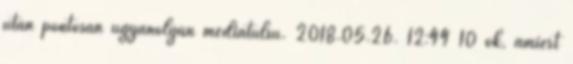
után pontosan ugyanolyan médiatúlsú. 2018.05.26. 12:44 10 ok, amiért